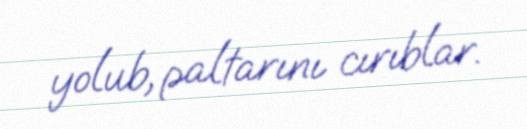
yolub, paltarını cırıblar.